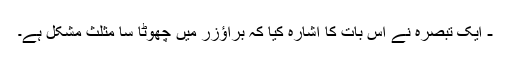
- ایک تبصرہ نے اس بات کا اشارہ کیا کہ براؤزر میں چھوٹا سا مثلث مشکل ہے۔